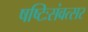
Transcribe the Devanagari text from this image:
षष्टिःसंवत्सर